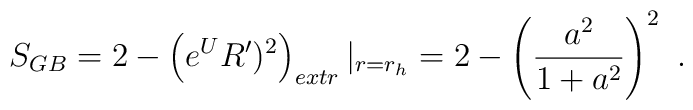
S_{GB} =  2 - \left(e^{U} R')^2\right)_{extr}|_{r=r_h} = 2 -\left({a^2\over1+a^2}\right)^2   \ .